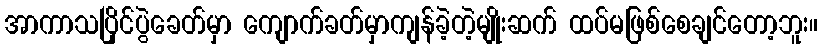
အာကာသပြိုင်ပွဲခေတ်မှာ ကျောက်ခတ်မှာကျန်ခဲ့တဲ့မျိုးဆက် ထပ်မဖြစ်စေချင်တော့ဘူး။